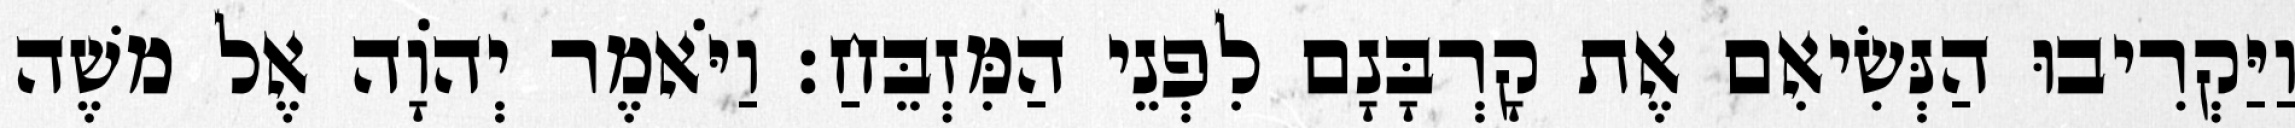
וַיַּקְרִיבוּ הַנְּשִׂיאִם אֶת קָרְבָּנָם לִפְנֵי הַמִּזְבֵּחַ׃ וַיֹּאמֶר יְהוָֹה אֶל משֶׁה